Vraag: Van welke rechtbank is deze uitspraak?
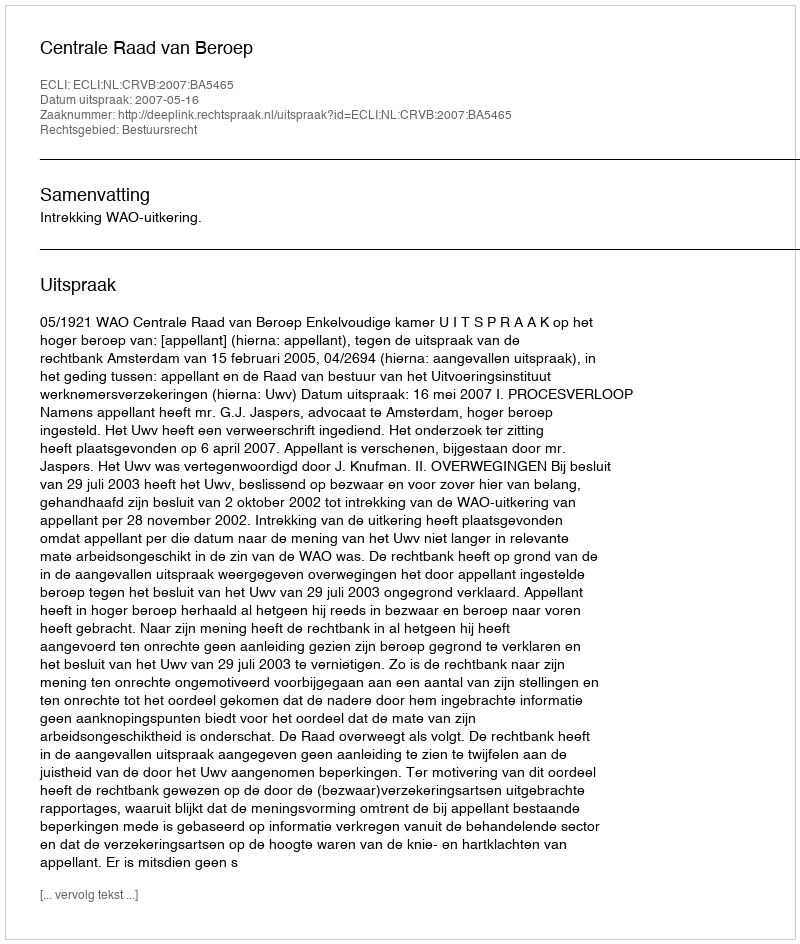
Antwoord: Centrale Raad van Beroep